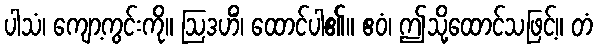
ပါသံ၊ ကျော့ကွင်းကို။ ဩဒဟိံ၊ ထောင်ပါ၏။ ဧဝံ၊ ဤသို့ထောင်သဖြင့်။ တံ